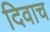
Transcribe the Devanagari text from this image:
दिवाच